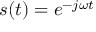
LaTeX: s ( t ) = e ^ { - j \omega t }